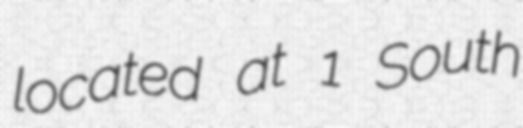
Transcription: located at 1 South